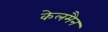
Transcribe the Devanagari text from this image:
केलमैन